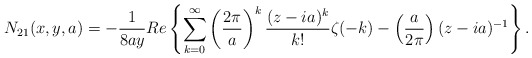
\begin{align*}N_{21}(x,y,a)=-\frac{1}{8ay}Re\left\{ \sum_{k=0}^{\infty }\left( \frac{2\pi }{a}\right) ^{k}\frac{(z-ia)^{k}}{k!}\zeta (-k)-\left( \frac{a}{2\pi }\right) (z-ia)^{-1}\right\}.\end{align*}